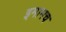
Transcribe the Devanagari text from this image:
इमामच